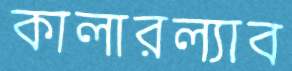
কালারল্যাব